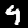
Label: 9